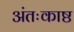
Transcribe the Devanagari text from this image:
अंतःकाष्ठ